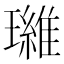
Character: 𮴷